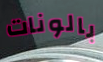
بالونات